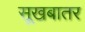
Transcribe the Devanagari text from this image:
सूखबातर